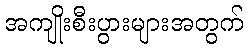
အကျိုးစီးပွားများအတွက်